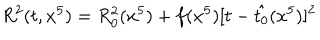
R ^ { 2 } ( t , x ^ { 5 } ) = R _ { 0 } ^ { 2 } ( x ^ { 5 } ) + f ( x ^ { 5 } ) [ t - \hat { t _ { 0 } } ( x ^ { 5 } ) ] ^ { 2 }